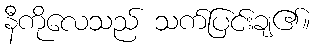
နီကိုလေသည် သက်ပြင်းချ၏။